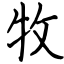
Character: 牧